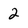
Character: 2